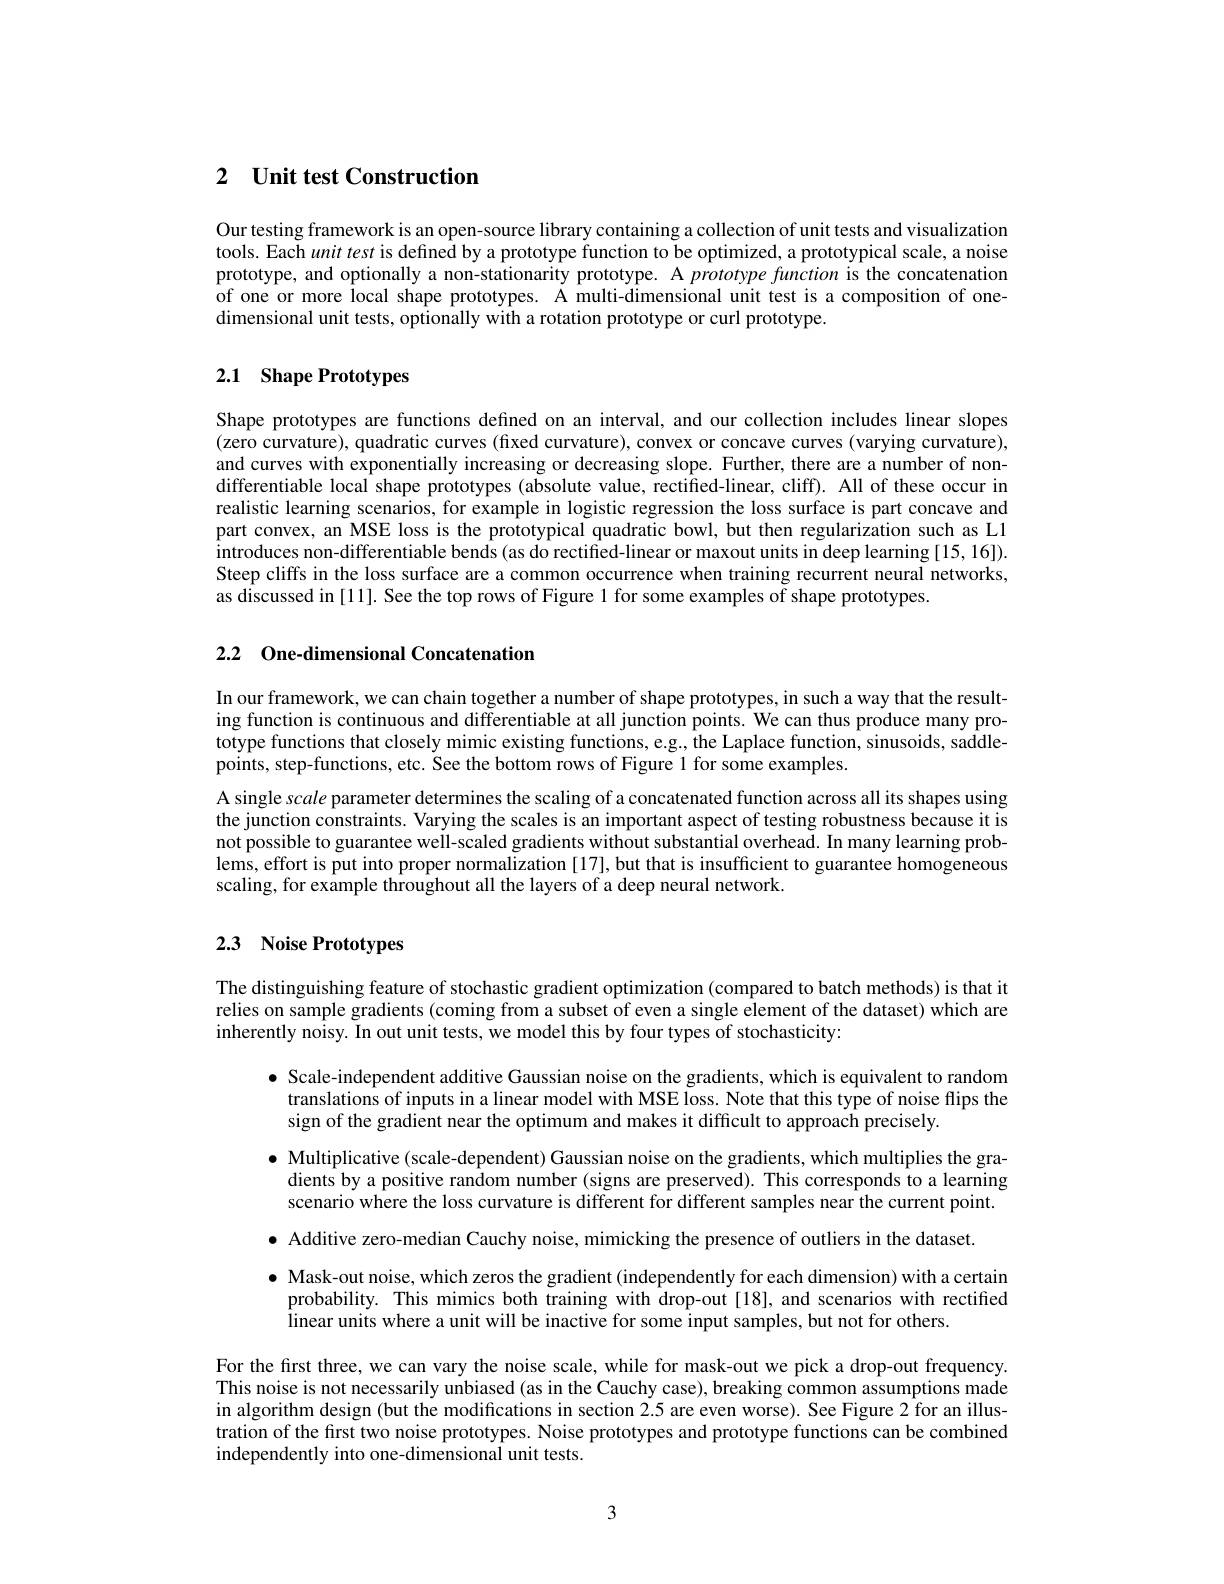
# 2 $\textbf{Unit test Construction}$

Our testing framework is an open-source library containing a collection of unit tests and visualization tools. Each $unit\textit{ test is defined by a prototype function to be optimized, a prototypical scale, a noise}$ prototype, and optionally a non-stationarity prototype. A prototype function is the concatenation of one or more local shape prototypes. A multi-dimensional unit test is a composition of onedimensional unit tests, optionally with a rotation prototype or curl prototype.

## 2.1 Shape Prototypes

Shape prototypes are functions defined on an interval, and our collection includes linear slopes (zero curvature), quadratic curves (fixed curvature), convex or concave curves (varying curvature), and curves with exponentially increasing or decreasing slope. Further, there are a number of nondifferentiable local shape prototypes (absolute value, rectified-linear, cliff). All of these occur in realistic learning scenarios, for example in logistic regression the loss surface is part concave and part convex, an MSE loss is the prototypical quadratic bowl, but then regularization such as L1 introduces non-differentiable bends (as do rectified-linear or maxout units in deep learning [15, 16]). Steep cliffs in the loss surface are a common occurrence when training recurrent neural networks, as discussed in [11]. See the top rows of Figure 1 for some examples of shape prototypes

## 2.2 One-dimensional Concatenation

In our framework, we can chain together a number of shape prototypes, in such a way that the resulting function is continuous and differentiable at all junction points. We can thus produce many prototype functions that closely mimic existing functions, e.g, the Laplace function, sinusoids, saddlepoints, step-functions, etc. See the bottom rows of Figure 1 for some examples.

A single scale parameter determines the scaling of a concatenated function across all its shapes using the junction constraints. Varying the scales is an important aspect of testing robustness because it is not possible to guarantee well-scaled gradients without substantial overhead. In many learning problems, effort is put into proper normalization [17],but that is insufficient to guarantee homogeneous scaling, for example throughout all the layers of a deep neural network.

# 2.3 Noise Prototypes

The distinguishing feature of stochastic gradient optimization (compared to batch methods) is that it relies on sample gradients (coming from a subset of even a single element of the dataset) which are inherently noisy. In out unit tests, we model this by four types of stochasticity:

$\bullet$ Scale-independent additive Gaussian noise on the gradients, which is equivalent to random
translations of inputs in a linear model with MSE loss. Note that this type of noise flips the
sign of the gradient near the optimum and makes it difficult to approach precisely.
$\bullet$ Multiplicative(scale-dependent) Gaussian noise on the gradients, which multiplies the gra-
dients by a positive random number (signs are preserved). This corresponds to a learning scenario where the loss curvature is different for different samples near the current point. $\bullet$ Additive zero-median Cauchy noise, mimicking the presence of outliers in the dataset.

$\bullet$ Mask-out noise, which zeros the gradient (independently for each dimension) with a certain
probability. This mimics both training with drop-out[18], and scenarios with rectified
linear units where a unit will be inactive for some input samples, but not for others.

For the first three, we can vary the noise scale, while for mask-out we pick a drop-out frequency. This noise is not necessarily unbiased (as in the Cauchy case), breaking common assumptions made in algorithm design (but the modifications in section 2.5 are even worse). See Figure 2 for an illustration of the first two noise prototypes. Noise prototypes and prototype functions can be combined independently into one-dimensional unit tests.

3